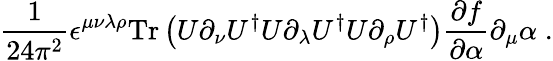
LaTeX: \frac{1}{24\pi^{2}}\epsilon^{\mu\nu\lambda\rho}\mathrm{Tr}\left(U\partial_{\nu}U^{\dagger}U\partial_{\lambda}U^{\dagger}U\partial_{\rho}U^{\dagger}\right)\frac{\partial f}{\partial\alpha}\partial_{\mu}\alpha\; .